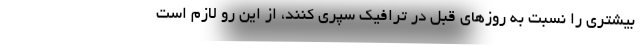
بیشتری را نسبت به روزهای قبل در ترافیک سپری کنند، از این رو لازم است